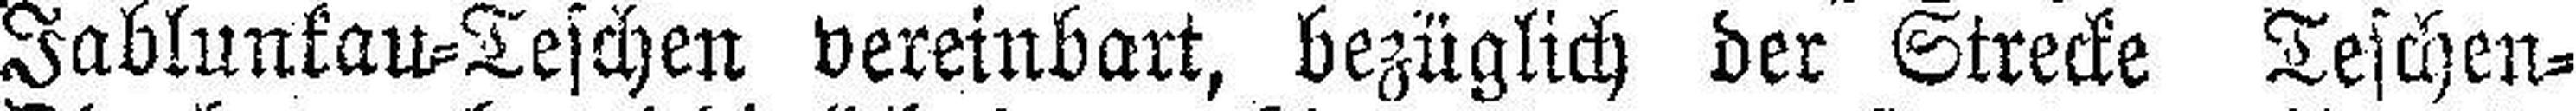
Jablunkau=Teschen vereinbart, bezüglich der Strecke Teschen=